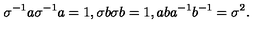
\sigma ^ { - 1 } a \sigma ^ { - 1 } a = 1 , \sigma b \sigma b = 1 , a b a ^ { - 1 } b ^ { - 1 } = \sigma ^ { 2 } .